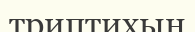
триптихын